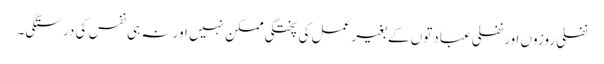
نفلی روزوں اور نفلی عبادتوں کے بغیر عمل کی پختگی ممکن نہیں اور نہ ہی نفس کی درستگی۔